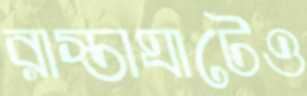
রাস্তাঘাটেও